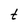
Character: t